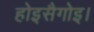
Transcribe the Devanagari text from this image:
होइसैगोइ।